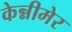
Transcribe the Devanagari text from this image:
केन्नीमेर